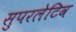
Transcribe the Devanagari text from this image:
सुपरलेटिव